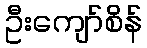
ဦးကျော်စိန်